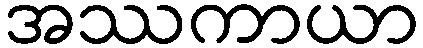
အဿကာယာ